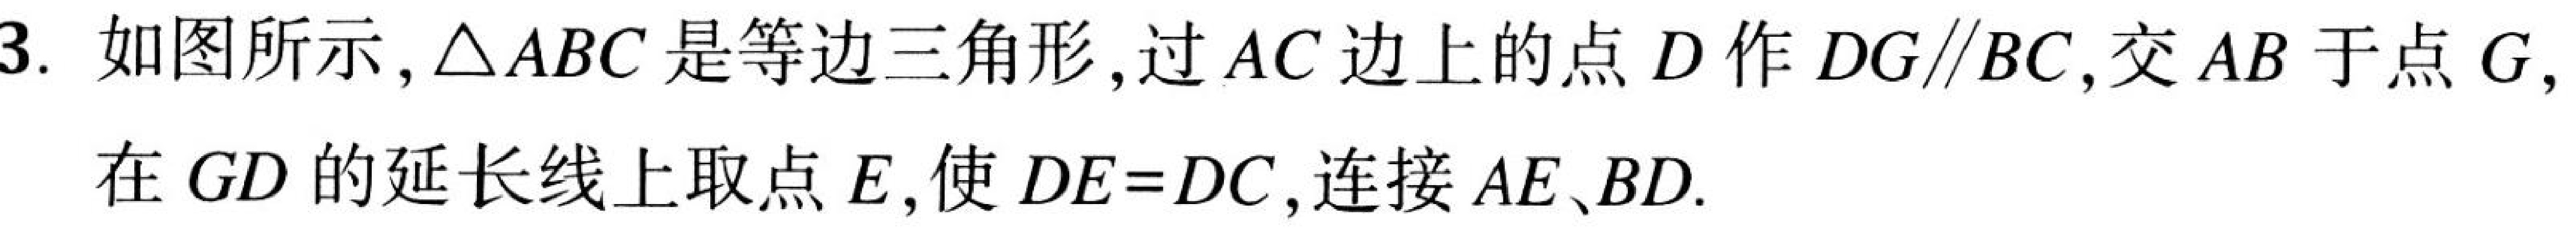
3. 如图所示,\(\triangle ABC\)是等边三角形,过\(AC\)边上的点\(D\)作\(DG\parallel BC\),交\(AB\)于点\(G\),在\(GD\)的延长线上取点\(E\),使\(DE = DC\),连接\(AE、BD\).